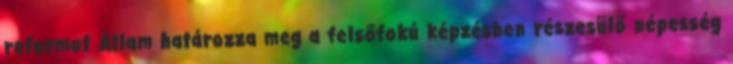
reformot Állam határozza meg a felsőfokú képzésben részesülő népesség